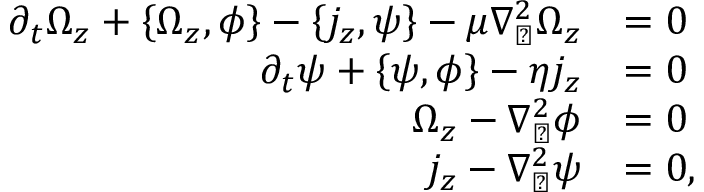
\begin{array} { r l } { \partial _ { t } \Omega _ { z } + \left\{ \Omega _ { z } , \phi \right\} - \left\{ j _ { z } , \psi \right\} - \mu \nabla _ { \perp } ^ { 2 } \Omega _ { z } } & { = 0 } \\ { \partial _ { t } \psi + \left\{ \psi , \phi \right\} - \eta j _ { z } } & { = 0 } \\ { \Omega _ { z } - \nabla _ { \perp } ^ { 2 } \phi } & { = 0 } \\ { j _ { z } - \nabla _ { \perp } ^ { 2 } \psi } & { = 0 , } \end{array}